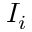
I _ { i }